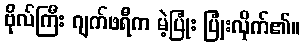
ဗိုလ်ကြီး ဂျက်ဖရီက မဲ့ပြုံး ပြုံးလိုက်၏။